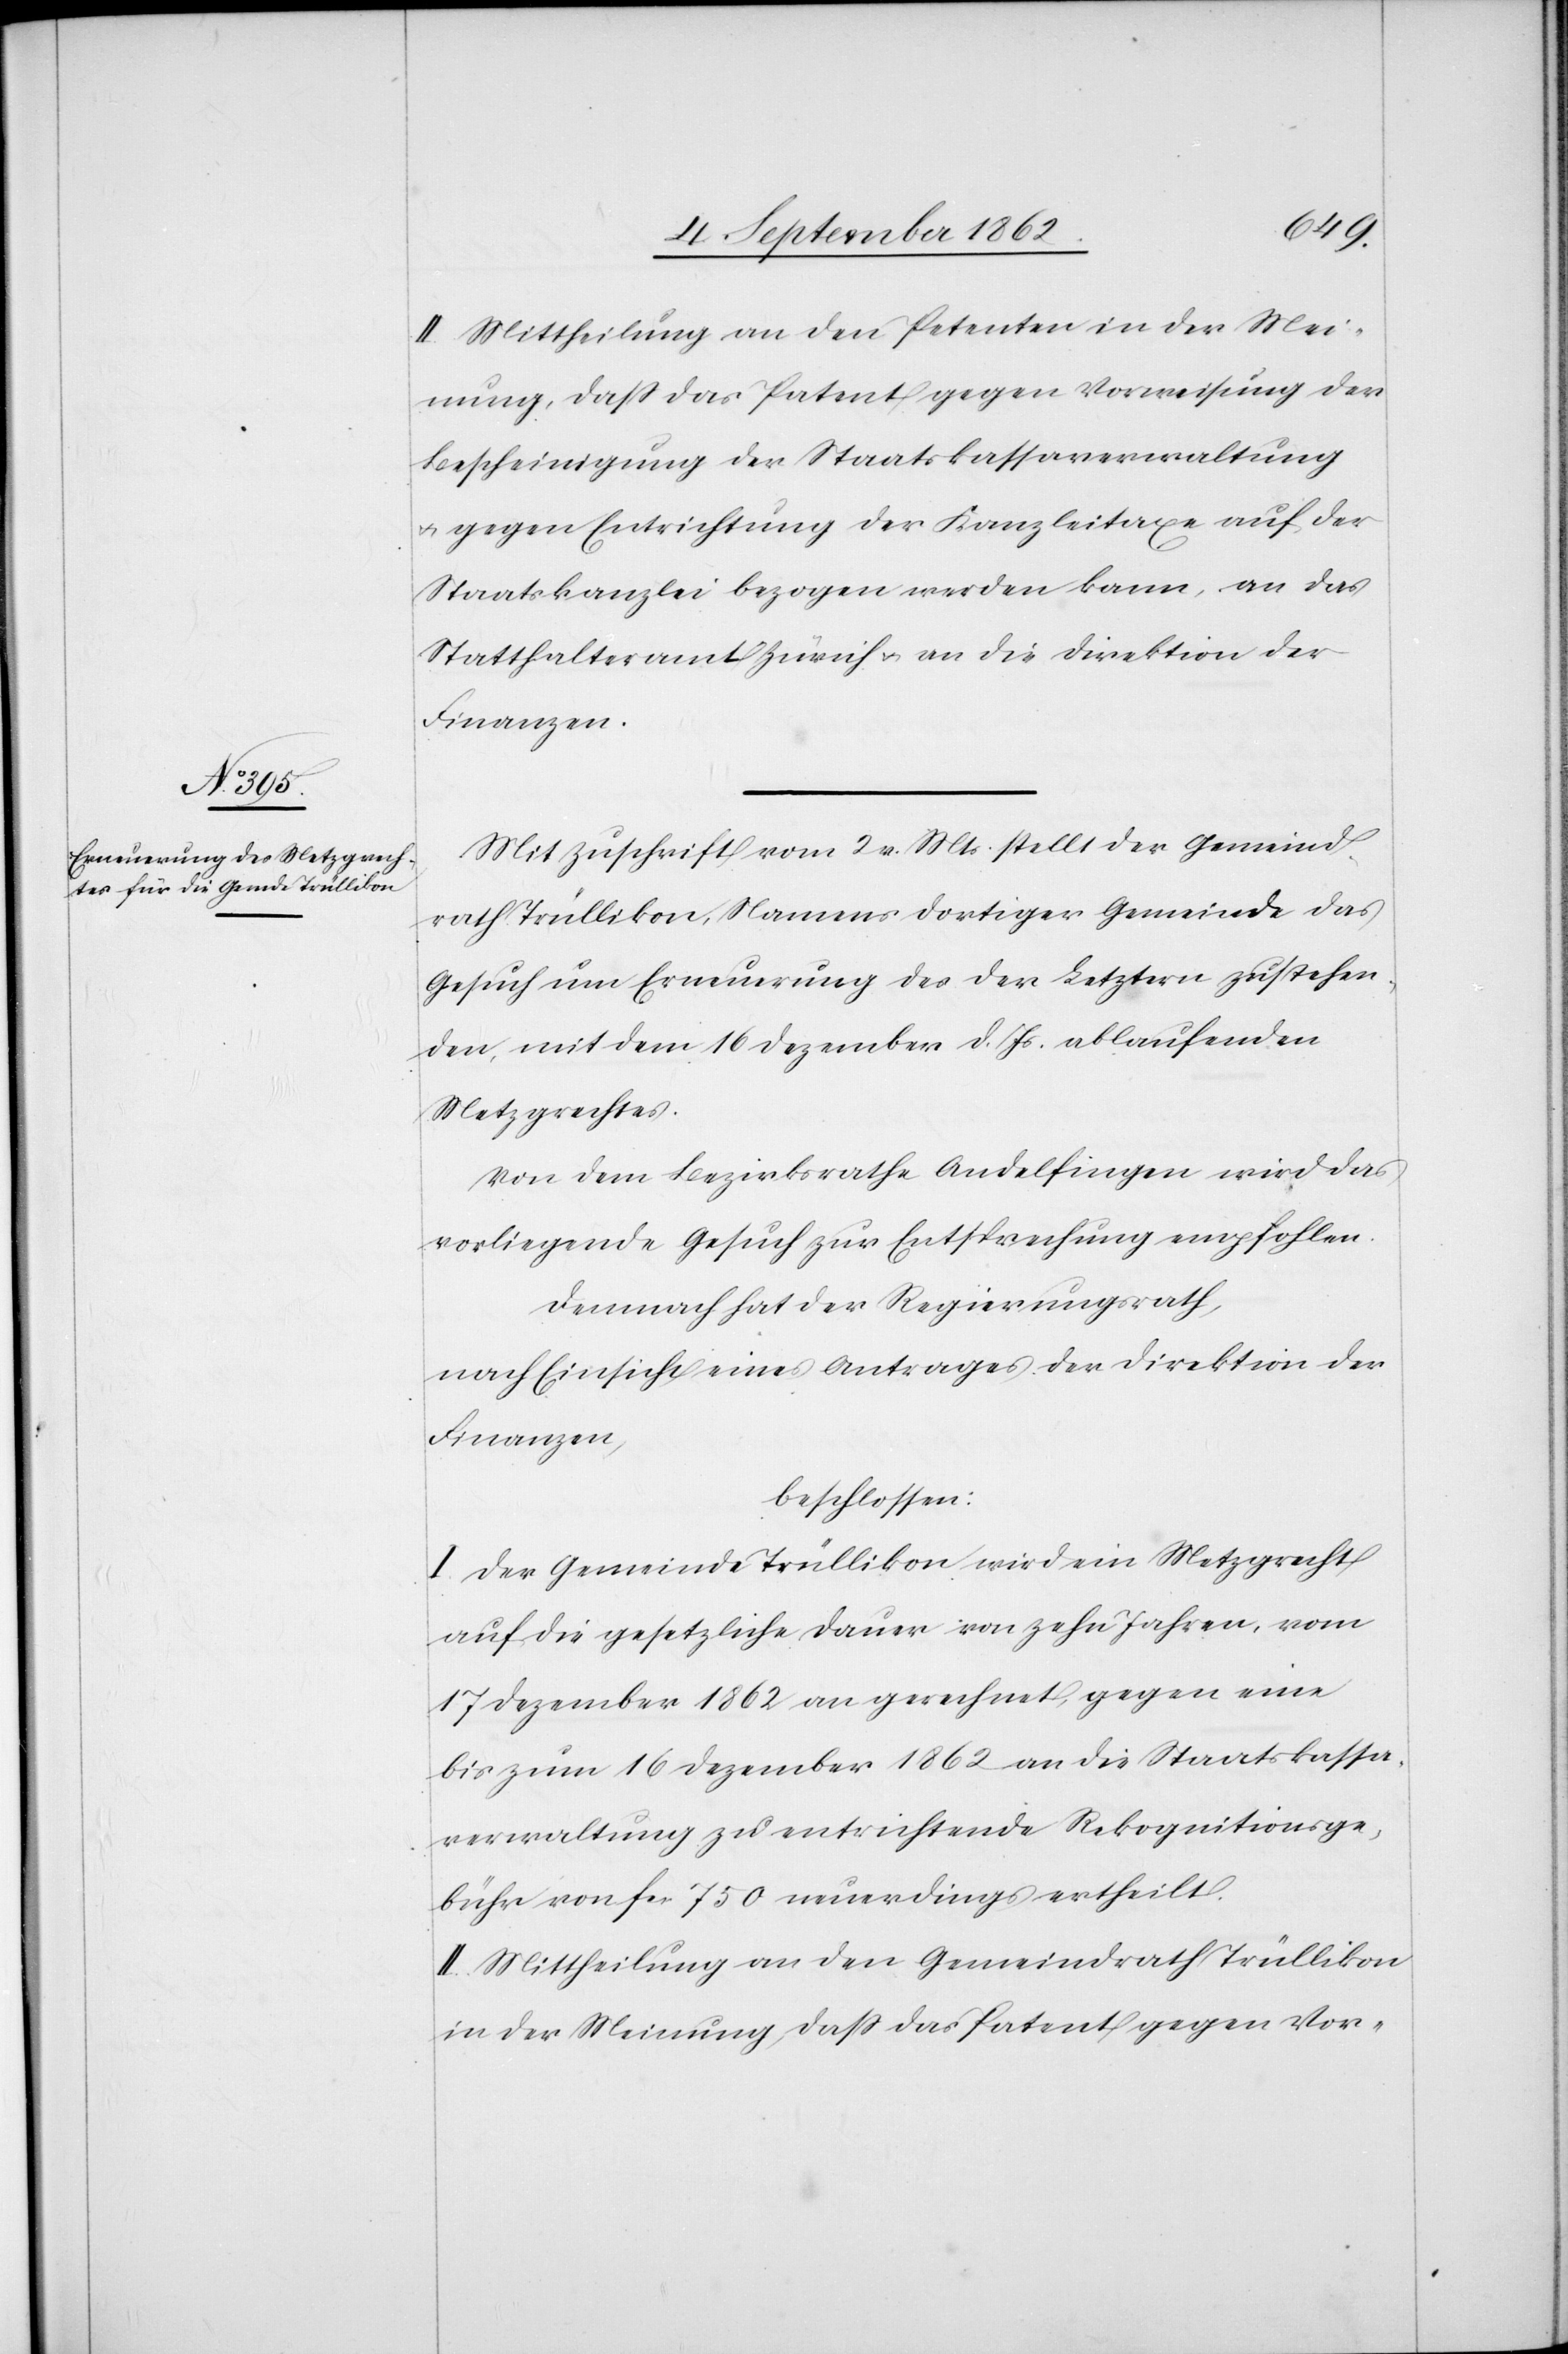
II. Mittheilung an den Petenten in der Mei¬
nung, daß das Patent gegen Vorweisung der
Bescheinigung der Staatskassaverwaltung
u. gegen Entrichtung der Kanzleitaxe auf der
Staatskanzlei bezogen werden kann, an das
Statthalteramt Zürich u. an die Direktion der
Finanzen.
Mit Zuschrift vom 2. v. Mts. stellt der Gemeind¬
rath Trüllikon, Namens dortiger Gemeinde das
Gesuch um Erneuerung des der Letztern zustehen¬
den, mit dem 16. Dezember d. Js. ablaufenden
Metzgrechtes.
Von dem Bezirksrathe Andelfingen wird das
vorliegende Gesuch zur Entsprechung empfohlen.
Demnach hat der Regierungsrath,
nach Einsicht eines Antrages der Direktion der
Finanzen,
beschlossen:
I. Der Gemeinde Trüllikon wir ein Metzgrecht
auf die gesetzliche Dauer von zehn Jahren, vom
17. Dezember 1862 an gerechnet, gegen eine
bis zum 16. Dezember 1862 an die Staatskassa¬
verwaltung zu entrichtende Rekognitionsge¬
bühr von fcs. 750 neuerdings ertheilt.
II. Mittheilung an den Gemeindrath Trüllikon
in der Meinung, daß das Patent gegen Vor-